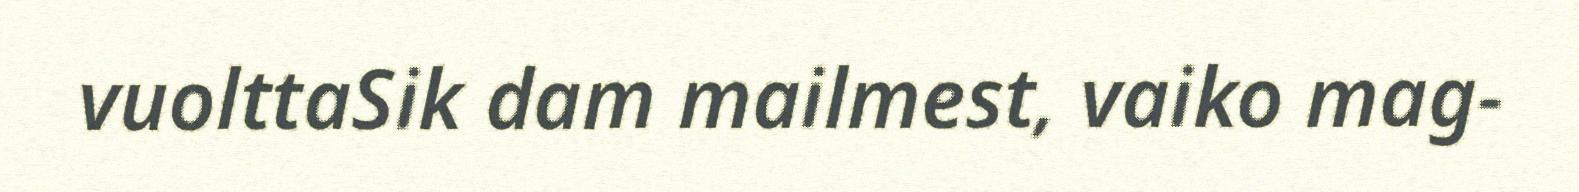
vuolttaSik dam mailmest, vaiko mag-